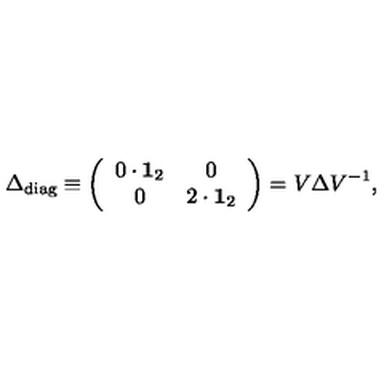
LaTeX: \Delta _ { \mathrm { d i a g } } \equiv \left( \begin{array} { c c } { 0 \cdot { \bf 1 } _ { 2 } } & { 0 } \\ { 0 } & { 2 \cdot { \bf 1 } _ { 2 } } \\ \end{array} \right) = V \Delta V ^ { - 1 } ,